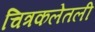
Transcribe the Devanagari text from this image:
चित्रकलेतली